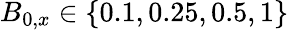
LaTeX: B_{0,x}\in\left\lbrace 0.1,0.25,0.5,1\right\rbrace